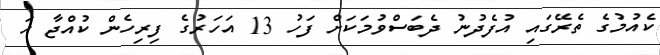
ކެއުމުގެ ތެރޭގައި އުފެދުނު ދެބަސްވުމަކަށް ފަހު 13 އަހަރުގެ ފިރިހެން ކުއްޖާ ހަ